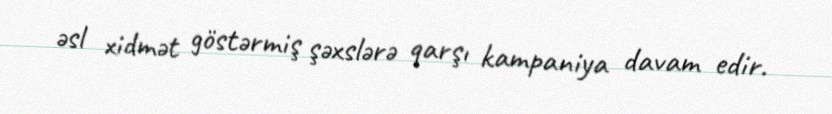
əsl xidmət göstərmiş şəxslərə qarşı kampaniya davam edir.